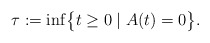
\begin{align*} \tau:=\inf\bigl\{ t \ge0 \mid A(t)=0 \bigr\}.\end{align*}